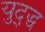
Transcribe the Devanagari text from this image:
युद्द्ध